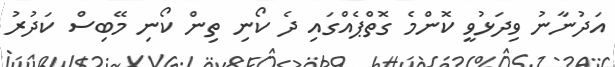
އަދުނާނު ވިދަޅުވީ ކޮންމެ ގޮތްޕެއްގައި ދެ ކޯނި ތިން ކޯނި މޭބިސް ކަދުރު